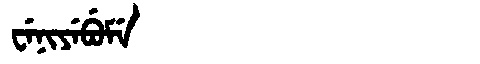
Manchu: ᠸᡝᠨᡳᠶᡝᠪᡠᠮᡝ
Romanization: WENIYEBUME